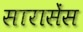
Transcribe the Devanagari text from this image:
सारासेंस